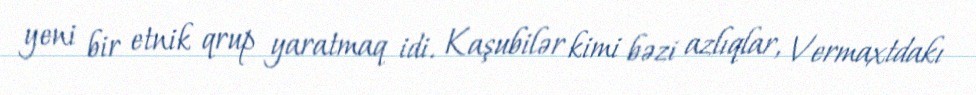
yeni bir etnik qrup yaratmaq idi. Kaşubilər kimi bəzi azlıqlar, Vermaxtdakı